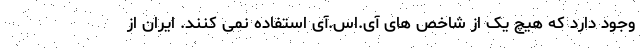
وجود دارد که هیچ یک از شاخص های آی.اس.آی استفاده نمی کنند. ایران از